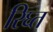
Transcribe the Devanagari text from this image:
रिघ्त